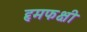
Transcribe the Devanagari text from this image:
हृमफक्षी